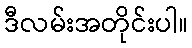
ဒီလမ်းအတိုင်းပါ။